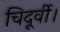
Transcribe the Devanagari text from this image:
चिदूर्वी।